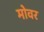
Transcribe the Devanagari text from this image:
मोवर